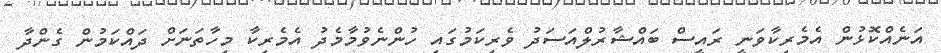
އަނެއްކޮޅުން އެމެރިކާވަނީ ރައީސް ބައްޝާރުލްއަސަދު ވެރިކަމުގައި ހުންނެވުމާމެދު އެމެރިކާ މިހާތަނަށް ދައްކަމުން ގެންދާ